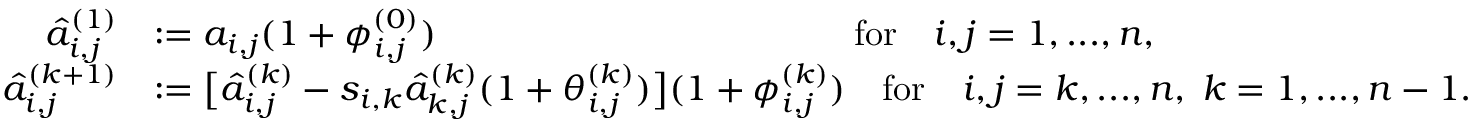
\begin{array} { r l } { \hat { a } _ { i , j } ^ { ( 1 ) } } & { : = a _ { i , j } ( 1 + \phi _ { i , j } ^ { ( 0 ) } ) \qquad \qquad \qquad \qquad \qquad \quad \; \; \mathrm { f o r } \quad i , j = 1 , . . . , n , } \\ { \hat { a } _ { i , j } ^ { ( k + 1 ) } } & { : = \big [ \hat { a } _ { i , j } ^ { ( k ) } - s _ { i , k } \hat { a } _ { k , j } ^ { ( k ) } ( 1 + \theta _ { i , j } ^ { ( k ) } ) \big ] ( 1 + \phi _ { i , j } ^ { ( k ) } ) \quad \mathrm { f o r } \quad i , j = k , . . . , n , \; k = 1 , . . . , n - 1 . } \end{array}